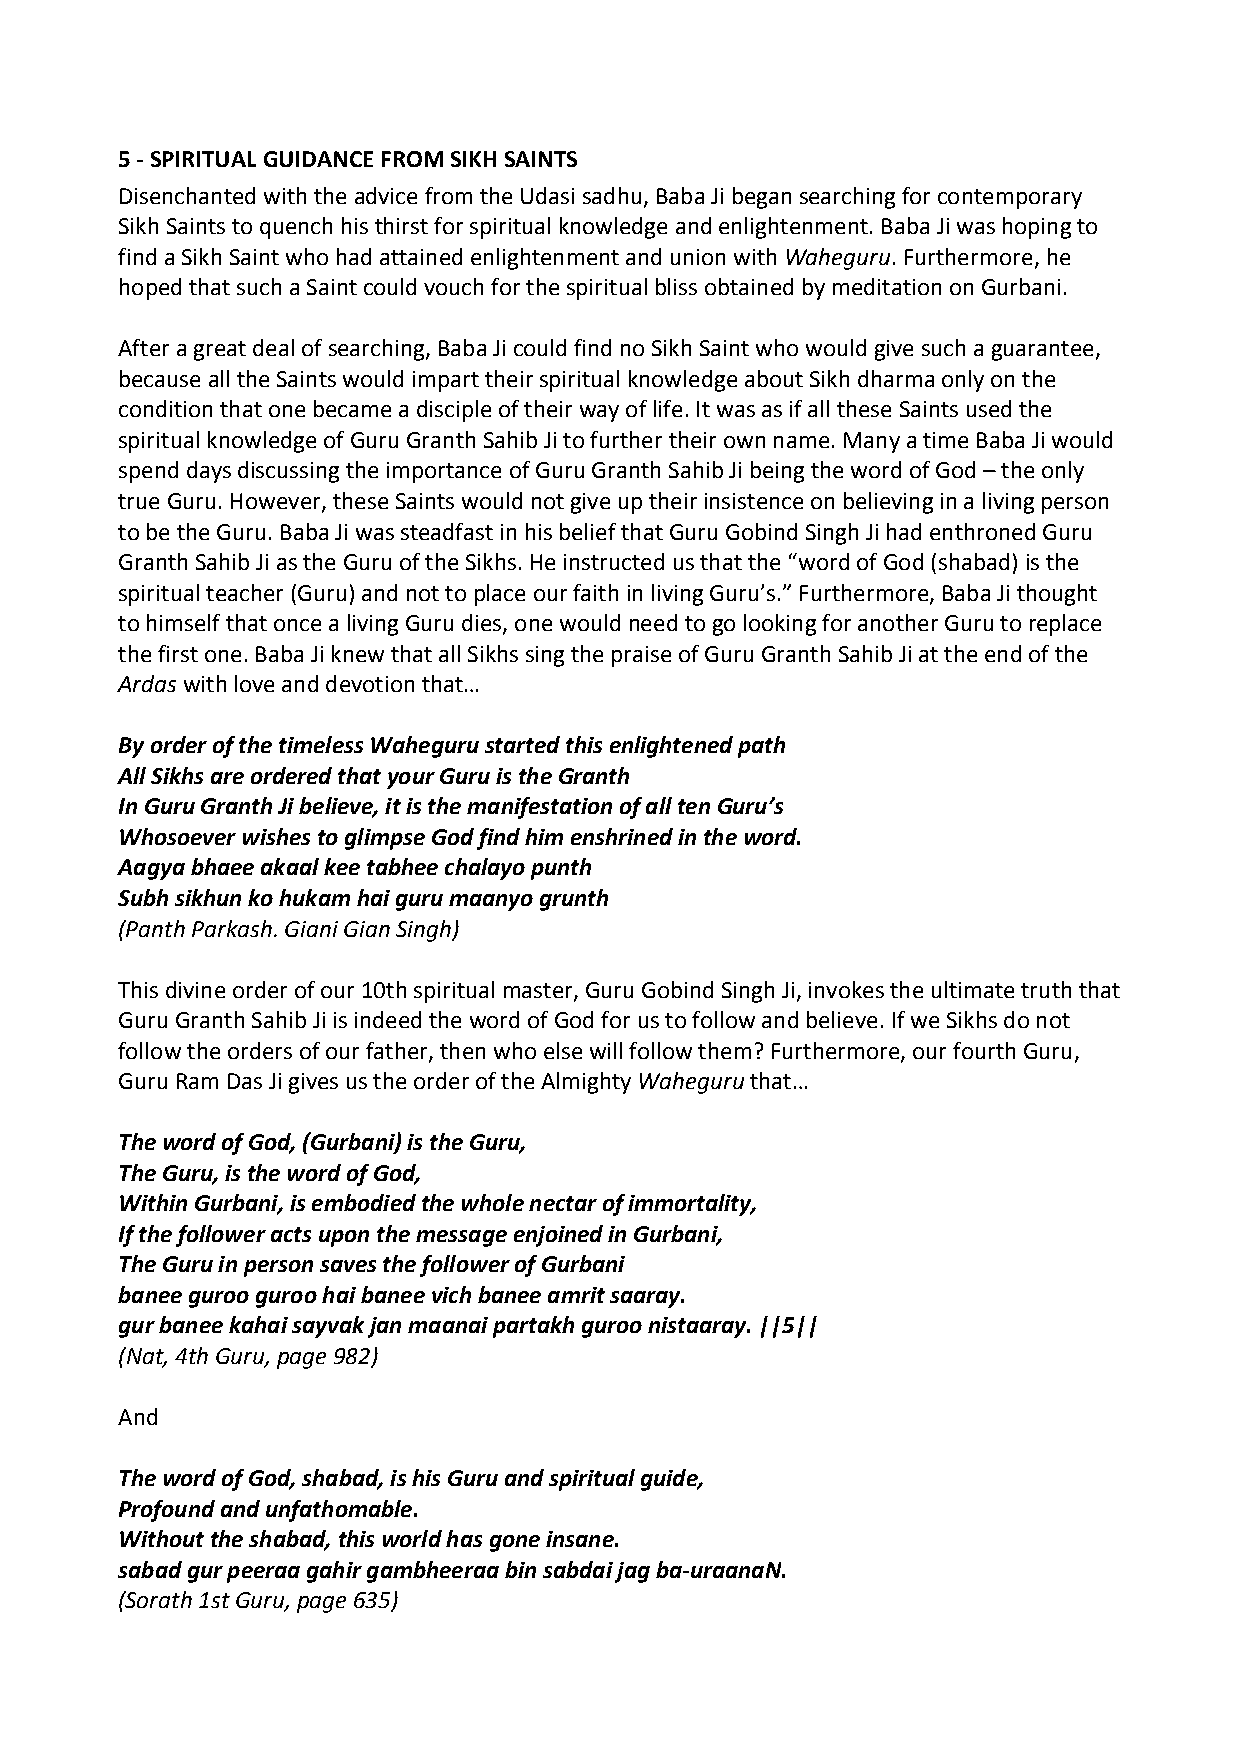
5 ‐ SPIRITUAL GUIDANCE FROM SIKH SAINTS
 Disenchanted with the advice from the Udasi sadhu, Baba Ji began searching for contemporary
 Sikh Saints to quench his thirst for spiritual knowledge and enlightenment. Baba Ji was hoping to
 find a Sikh Saint who had attained enlightenment and union with Waheguru. Furthermore, he
 hoped that such a Saint could vouch for the spiritual bliss obtained by meditation on Gurbani.
 After a great deal of searching, Baba Ji could find no Sikh Saint who would give such a guarantee,
 because all the Saints would impart their spiritual knowledge about Sikh dharma only on the
 condition that one became a disciple of their way of life. It was as if all these Saints used the
 spiritual knowledge of Guru Granth Sahib Ji to further their own name. Many a time Baba Ji would
 spend days discussing the importance of Guru Granth Sahib Ji being the word of God – the only
 true Guru. However, these Saints would not give up their insistence on believing in a living person
 to be the Guru. Baba Ji was steadfast in his belief that Guru Gobind Singh Ji had enthroned Guru
 Granth Sahib Ji as the Guru of the Sikhs. He instructed us that the “word of God (shabad) is the
 spiritual teacher (Guru) and not to place our faith in living Guru’s.” Furthermore, Baba Ji thought
 to himself that once a living Guru dies, one would need to go looking for another Guru to replace
 the first one. Baba Ji knew that all Sikhs sing the praise of Guru Granth Sahib Ji at the end of the
 Ardas with love and devotion that…
 By order of the timeless Waheguru started this enlightened path
 All Sikhs are ordered that your Guru is the Granth
 In Guru Granth Ji believe, it is the manifestation of all ten Guru’s
 Whosoever wishes to glimpse God find him enshrined in the word.
 Aagya bhaee akaal kee tabhee chalayo punth
 Subh sikhun ko hukam hai guru maanyo grunth
 (Panth Parkash. Giani Gian Singh)
 This divine order of our 10th spiritual master, Guru Gobind Singh Ji, invokes the ultimate truth that
 Guru Granth Sahib Ji is indeed the word of God for us to follow and believe. If we Sikhs do not
 follow the orders of our father, then who else will follow them? Furthermore, our fourth Guru,
 Guru Ram Das Ji gives us the order of the Almighty Waheguru that…
 The word of God, (Gurbani) is the Guru,
 The Guru, is the word of God,
 Within Gurbani, is embodied the whole nectar of immortality,
 If the follower acts upon the message enjoined in Gurbani,
 The Guru in person saves the follower of Gurbani
 banee guroo guroo hai banee vich banee amrit saaray.
 gur banee kahai sayvak jan maanai partakh guroo nistaaray. ||5||
 (Nat, 4th Guru, page 982)
 And
 The word of God, shabad, is his Guru and spiritual guide,
 Profound and unfathomable.
 Without the shabad, this world has gone insane.
 sabad gur peeraa gahir gambheeraa bin sabdai jag ba‐uraanaN.
 (Sorath 1st Guru, page 635)